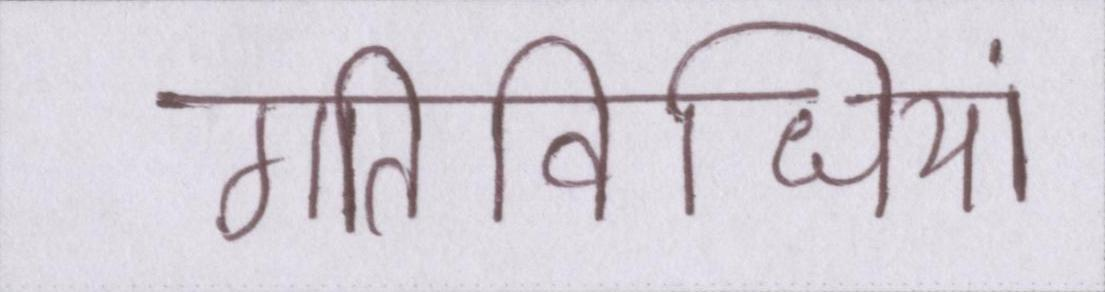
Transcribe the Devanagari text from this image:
गतिविधियां